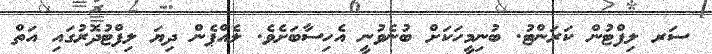
ސަރ ލިފްޓުން ކަރަންޓު. ބުނިމީހަކަށް ބުނެވުނީ އެހިސާބަށެވެ. ލެއްޕެން ދިޔަ ލިފްޓުދޮރުގައި އަތް